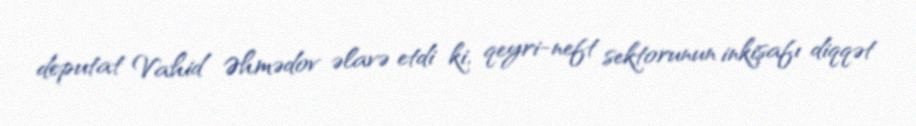
deputat Vahid Əhmədov əlavə etdi ki, qeyri-neft sektorunun inkişafı diqqət